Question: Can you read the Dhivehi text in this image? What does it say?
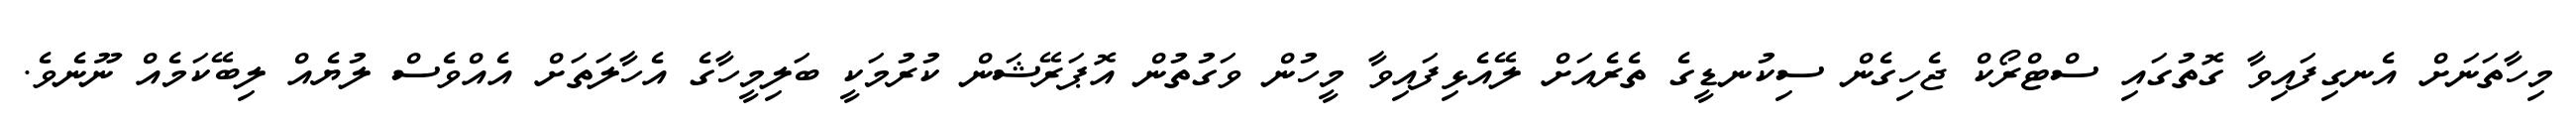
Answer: މިހާތަނަށް އެނގިފައިވާ ގޮތުގައި ސްޓްރޯކް ޖެހިގެން ސިކުނޑީގެ ތެރެއަށް ލޭއެޅިފައިވާ މީހުން ވަގުތުން އޮޕަރޭޝަން ކުރުމަކީ ބަލިމީހާގެ އެހާލަތަށް އެއްވެސް ލުޔެއް ލިބޭކަމެއް ނޫނެވެ.